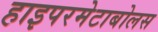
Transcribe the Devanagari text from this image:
हाइपरमेटाबोलस